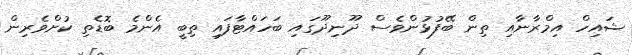
ޝައިހް އިމްރާނާއި ތިން ބޭފުޅުންވެސް ދޫނިދޫގައި ބަހައްޓާފައި ތިބީ އެންމެ ބޮޑެތި ކުށްވެރިން